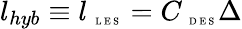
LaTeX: l_{hyb}\equiv l_{\mathrm{~\tiny~L~E~S~}}=C_{\mathrm{~\tiny~D~E~S~}}\Delta